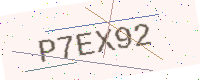
Text: P7EX92